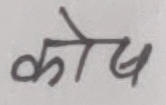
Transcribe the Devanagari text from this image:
कोष